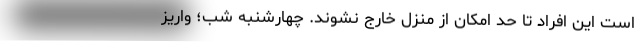
است این افراد تا حد امکان از منزل خارج نشوند. چهارشنبه شب؛ واریز